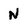
Character: N